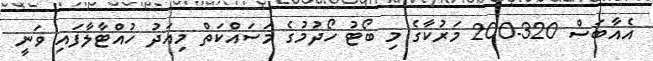
އެއާބަސް 320-200 މަރުކާގެ މި ބޯޓު ހޯދުމުގެ މަސައްކަތް މިއަދު ހުއްޓާލާފައި ވަނީ